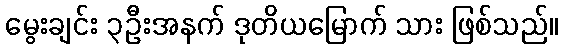
မွေးချင်း ၃ဦးအနက် ဒုတိယမြောက် သား ဖြစ်သည်။